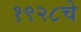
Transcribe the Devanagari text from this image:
१९२८चे